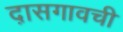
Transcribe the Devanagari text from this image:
द़ासगावची